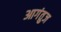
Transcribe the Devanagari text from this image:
आगंतुज